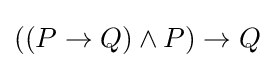
((P\to Q)\land P)\to Q